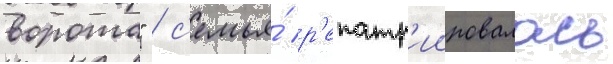
ворота" / с'емья́ р'епатр'иировалась